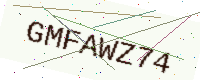
Text: GMFAWZ74